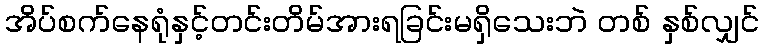
အိပ်စက်နေရုံနှင့်တင်းတိမ်အားရခြင်းမရှိသေးဘဲ တစ် နှစ်လျှင်